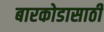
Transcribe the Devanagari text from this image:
बारकोडासाठी